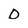
Character: O